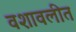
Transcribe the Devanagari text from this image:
वशावलीत